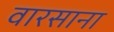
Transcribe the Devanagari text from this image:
वारसाना